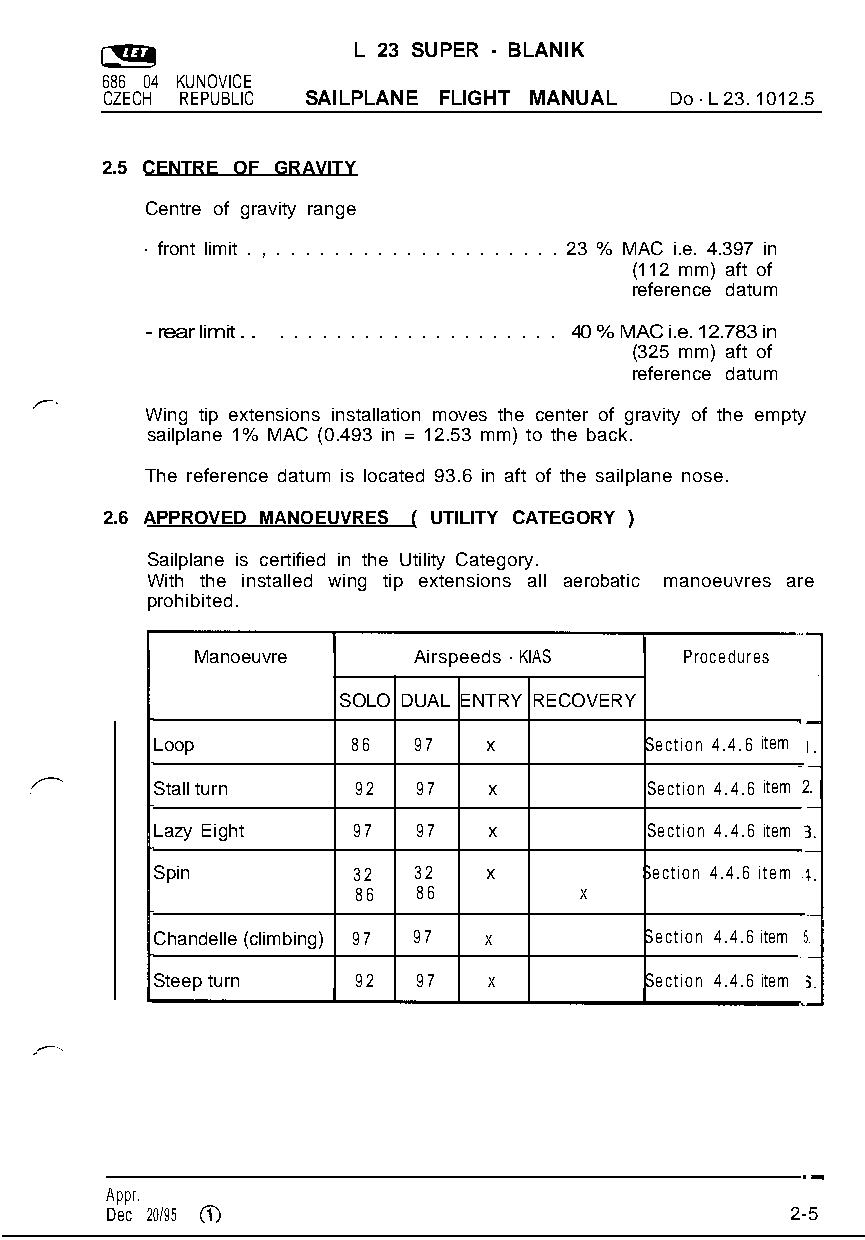
L 23 SUPER - BLANIK
 686 04 KUNOVICE
 CZECH REPUBLIC SAILPLANE FLIGHT MANUAL Do - L 23. 1012.5
 2.5 CENTRE OF GRAVITY
 Centre of gravity range
 - front limit . , . . . . . . . . . . . . . . . . . . . . 23 % MAC i.e. 4.397 in
 (112 mm) aft of
 reference datum
 - rear limit . . . . . . . . . . . . . . . . . . . . . . 40 % MAC i.e. 12.783 in
 (325 mm) aft of
 reference datum
 Wing tip extensions installation moves the center of gravity of the empty
 sailplane 1% MAC (0.493 in = 12.53 mm) to the back.
 The reference datum is located 93.6 in aft of the sailplane nose.
 2.6 APPROVED MANOEUVRES ( UTILITY CATEGORY )
 Sailplane is certified in the Utility Category.
 With the installed wing tip extensions all aerobatic manoeuvres are
 prohibited.
 Manoeuvre     Airspeeds - KIAS  Procedures
 SOLO DUAL ENTRY RECOVERY
 Loop         86  97   x          Section 4.4.6 item
 Stall turn   92   97  x          Section 4.4.6 item 2.
 Lazy Eight   97   97  x          Section 4.4.6 item
 Spin         32  32   x          Section 4.4.6 item
 86   86        x
 Chandelle (climbing) 97 97 x     Section 4.4.6 item 5.
 Steep turn   92   97  x          Section 4.4.6 item
 .a
 Appr.
 Dec 20/95 (i)                                2-5